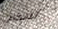
تمكنتي